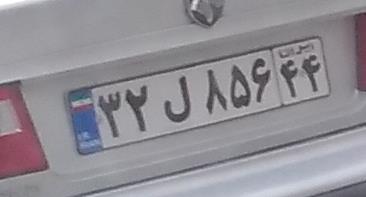
۳۲ل۸۵۶۴۴